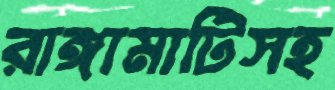
রাঙ্গামাটিসহ